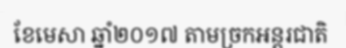
ខែមេសា ឆ្នាំ២០១៧ តាមច្រកអន្តរជាតិ